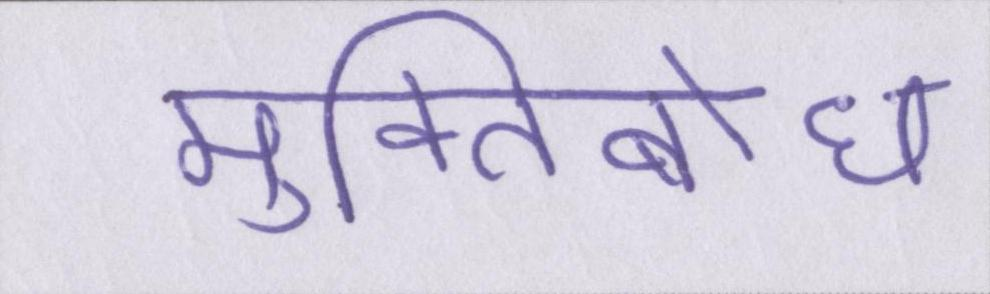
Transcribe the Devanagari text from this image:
मुक्तिबोध